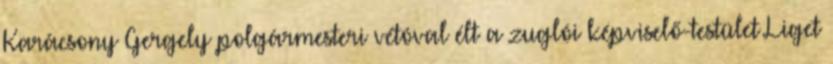
Karácsony Gergely polgármesteri vétóval élt a zuglói képviselő-testület Liget